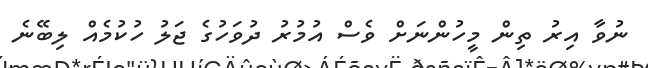
ނުވާ އިރު ތިން މީހުންނަށް ވެސް އުމުރު ދުވަހުގެ ޖަލު ހުކުމެއް ލިބޭނެ